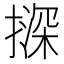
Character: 𪮨